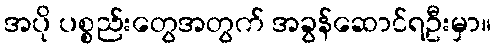
အပို ပစ္စည်းတွေအတွက် အခွန်ဆောင်ရဦးမှာ။